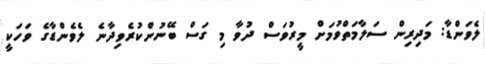
ލެވަންޑާ: މަދިރިން ސަލާމަތްވުމަށް މީރުވަސް ދުވާ މި ގަސް ބޭނުންކުރެވިދާނެ ލެވެންޑާގެ ވަހަކީ